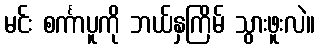
မင်း စင်္ကာပူကို ဘယ်နှကြိမ် သွားဖူးလဲ။